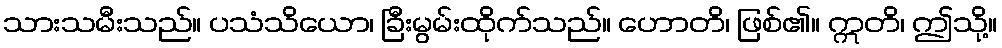
သားသမီးသည်။ ပသံသိယော၊ ခြီးမွမ်းထိုက်သည်။ ဟောတိ၊ ဖြစ်၏။ ဣတိ၊ ဤသို့။